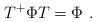
LaTeX: \begin{align*}T^+\Phi T = \Phi\ . \end{align*}